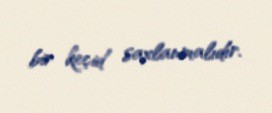
bir keçid saxlanmalıdır.